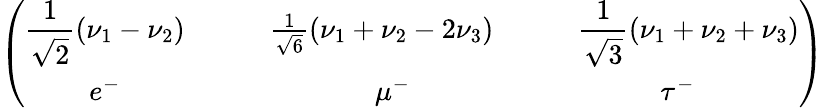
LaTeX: \left(\begin{array}{ccc}{{\displaystyle\frac{1}{\sqrt{2}}(\nu_{1}-\nu_{2})\quad}}&{{\quad\frac{1}{\sqrt{6}}\left(\nu_{1}+\nu_{2}-2\nu_{3}\right)\quad}}&{{\quad\displaystyle\frac{1}{\sqrt{3}}\left(\nu_{1}+\nu_{2}+\nu_{3}\right)}}\\ {{e^{-}\quad}}&{{\quad\mu^{-}\: }}&{{\: \tau^{-}}}\end{array}\right)